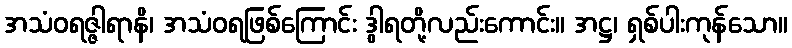
အသံဝရဇ္ဇါရာနိ၊ အသံဝရဖြစ်ကြောင်း ဒွါရတို့လည်းကောင်း။ အဋ္ဌ၊ ရှစ်ပါးကုန်သော။